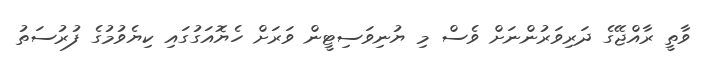
ވާތީ ރާއްޖޭގެ ދަރިވަރުންނަށް ވެސް މި ޔުނިވަސިޓީން ވަރަށް ހެޔޮއަގުގައި ކިޔެވުމުގެ ފުރުސަތު